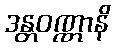
ဒန္တဝဏ္ဏာနိ